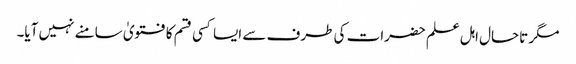
مگر تاحال اہل علم حضرات کی طرف سے ایسا کسی قسم کا فتویٰ سامنے نہیں آیا۔